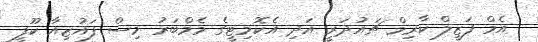
އެމް ފަޒީލް ކާރިމް ޗައުދަރީ އަދި އެކޮމިޓީގެ މެމްބަރު މިސް ފައުޒިއާ ކޫފީ